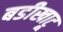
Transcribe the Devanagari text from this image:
बडीखाटू